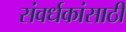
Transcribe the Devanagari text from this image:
संवर्धकांसाठी